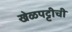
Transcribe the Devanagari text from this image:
खेळपट्टीची